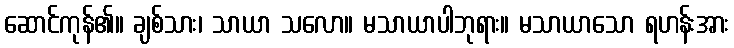
ဆောင်ကုန်၏။ ချစ်သား၊ သာယာ သလော။ မသာယာပါဘုရား။ မသာယာသော ရဟန်းအား